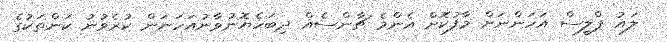
ލައު ޕްލީސް އަހަންނަށް މާފުކޮށް އެންމެ ޗާންސެއް ދިބަހެޔޮނުވާނުއަހަނަން ކުރެވުނު ކަންތަކުގެ